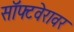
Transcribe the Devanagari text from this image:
सॉफ्टवेरावर